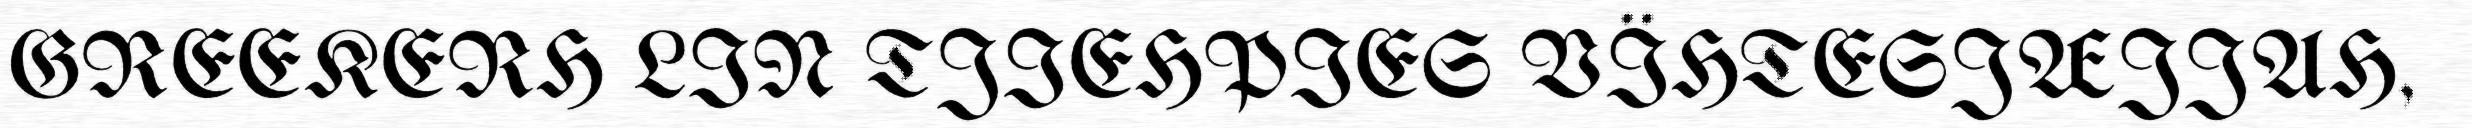
GREEKERH LIN TJIEHPIES VÏHTESJÆJJAH,